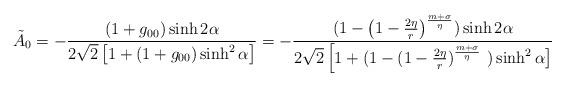
LaTeX: \begin{align*}\tilde A_{0} = - \frac{(1+g_{00})\sinh 2\alpha}{2\sqrt{2}\left [ 1+ (1+g_{00})\sinh^{2} \alpha\right ] } = -\frac{(1 - \left ( 1-\frac{2\eta}{r} \right )^{\frac{m+\sigma}{\eta}}) \sinh 2\alpha}{2\sqrt{2}\left [ 1+ (1- (1-\frac{2\eta}{r})^{\frac{m+\sigma}{\eta}} \right .\left .)\sinh^{2} \alpha \right ] }\end{align*}